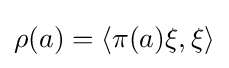
\rho (a)=\langle \pi (a)\xi ,\xi \rangle